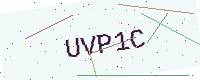
Text: UVP1C